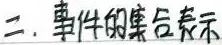
二. 事件的集合表示